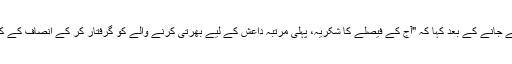
امریکی اٹارنی ولیم ہوچل نے عدالت کی طرف سے مجرم کو سزا سنائے جانے کے بعد کہا کہ "آج کے فیصلے کا شکریہ، پہلی مرتبہ داعش کے لیے بھرتی کرنے والے کو گرفتار کر کے انصاف کے کٹہرے میں لایا گیا اور وہ اب ایک طویل عرصے تک قید میں رہے گا۔